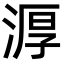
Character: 㴟